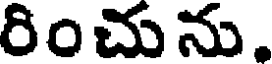
రించును.